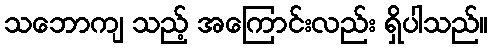
သဘောကျ သည့် အကြောင်းလည်း ရှိပါသည်။